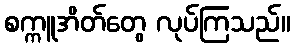
စက္ကူအိတ်တွေ လုပ်ကြသည်။